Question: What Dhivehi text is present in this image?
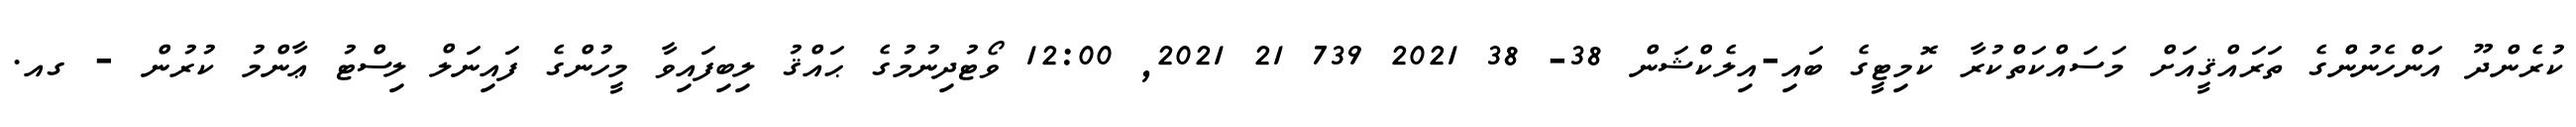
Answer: ކުރެންދޫ އަންހެނުންގެ ތަރައްޤީއަށް މަސައްކަތްކުރާ ކޮމިޓީގެ ބައި-އިލެކްޝަން 38- 38 2021 739 21 2021, 12:00 ވޯޓުދިނުމުގެ ޙައްޤު ލިބިފައިވާ މީހުންގެ ފައިނަލް ލިސްޓު ޢާންމު ކުރުން - ގއ.